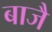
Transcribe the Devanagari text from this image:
बाजै